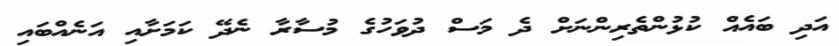
އަދި ބައެއް ކުޅުންތެރިންނަށް ދެ މަސް ދުވަހުގެ މުސާރާ ނެދޭ ކަމަށާއި އަނެއްބައި